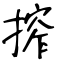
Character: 搾